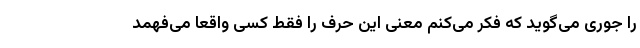
را جوری می‌گوید که فکر می‌کنم معنی این حرف را فقط کسی واقعاً می‌فهمد